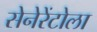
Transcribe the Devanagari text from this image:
सेनेरेंटोला